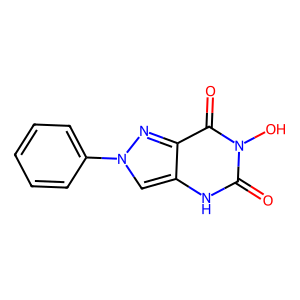
SMILES: O=c1[nH]c2cn(-c3ccccc3)nc2c(=O)n1O
Inhibits HIV replication: No